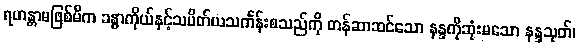
ရဟန္တာမဖြစ်မီက ခန္ဓာကိုယ်နှင့်သပိတ်ယသင်္ကန်းစသည်ကို တန်ဆာဆင်သော နန္ဒကိုဆုံးမသော နန္ဒသုတ်၊